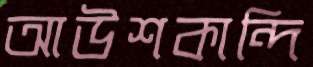
আউশকান্দি